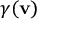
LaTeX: { \gamma } ( \mathbf { v } )